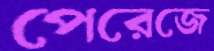
পেরেজে